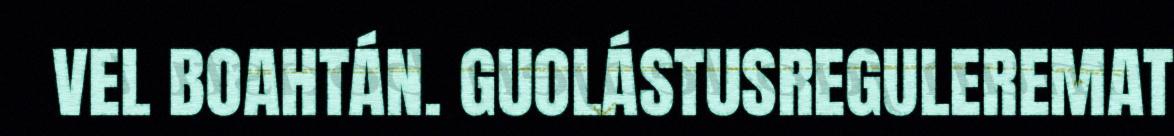
VEL BOAHTÁN. GUOLÁSTUSREGULEREMAT